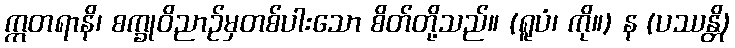
ဣတရာနိ၊ စက္ခုဝိညာဉ်မှတစ်ပါးသော စိတ်တို့သည်။ (ရူပံ၊ ကို။) န (ပဿန္တိ)